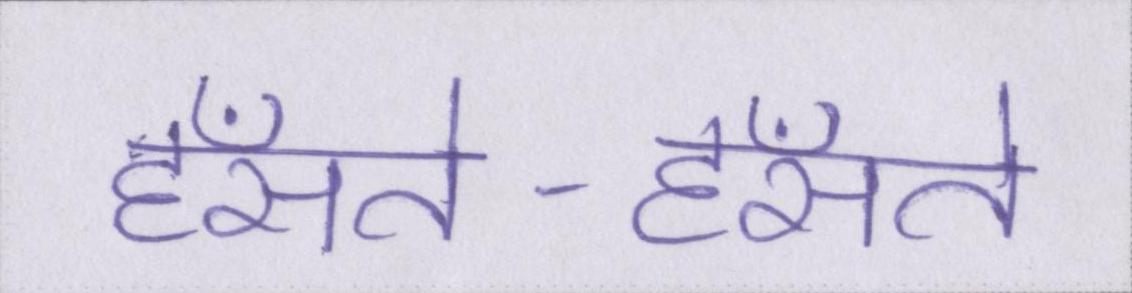
हँसते-हँसते